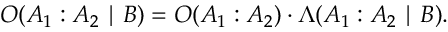
O ( A _ { 1 } : A _ { 2 } \mid B ) = O ( A _ { 1 } : A _ { 2 } ) \cdot \Lambda ( A _ { 1 } : A _ { 2 } \mid B ) .